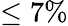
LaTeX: \leq 7\%